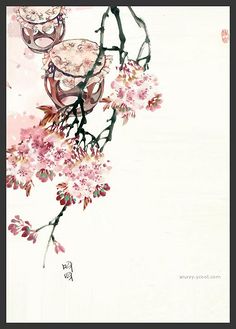
欲寄书如天远，难销夜似年长。